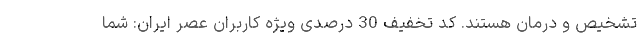
تشخیص و درمان هستند. کد تخفیف 30 درصدی ویژه کاربران عصر ایران: شما